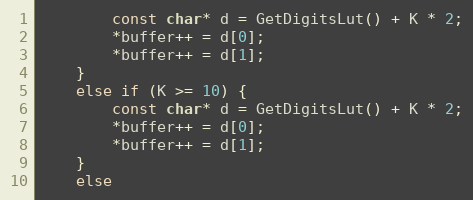
Language: C
        const char* d = GetDigitsLut() + K * 2;
        *buffer++ = d[0];
        *buffer++ = d[1];
    }
    else if (K >= 10) {
        const char* d = GetDigitsLut() + K * 2;
        *buffer++ = d[0];
        *buffer++ = d[1];
    }
    else